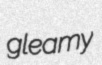
gleamy